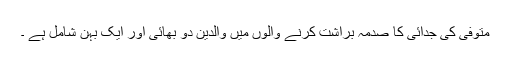
متوفی کی جدائی کا صدمہ براشت کرنے والوں میں والدین دو بھائی اور ایک بہن شامل ہے ۔